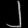
Digit: ၂